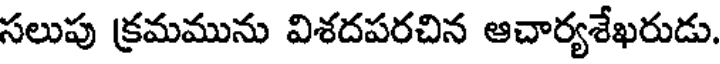
సలుపు క్రమమును విశదపరచిన ఆచార్యశేఖరుడు.